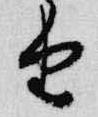
由